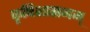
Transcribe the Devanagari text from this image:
कृषिशासनम्